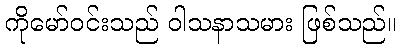
ကိုမော်ဝင်းသည် ဝါသနာသမား ဖြစ်သည်။